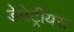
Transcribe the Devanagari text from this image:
डेमेट्रीयस